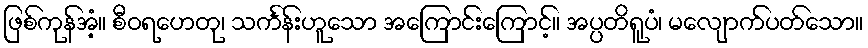
ဖြစ်ကုန်အံ့။ စီဝရဟေတု၊ သင်္ကန်းဟူသော အကြောင်းကြောင့်။ အပ္ပတိရူပံ၊ မလျောက်ပတ်သော။